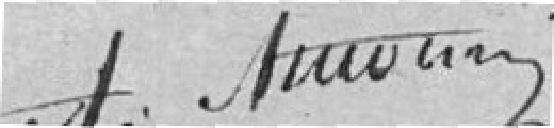
?????